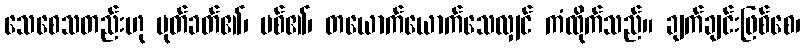
သေစေသတည်းဟု ပုတ်ခတ်၏၊ ပစ်၏၊ တယောက်ယောက်သေလျှင် ကံထိုက်သည်။ ချက်ချင်းဖြစ်စေ၊